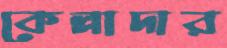
কেল্লাদার